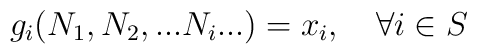
g_{i}(N_{1},N_{2},...N_{i} ...)=x_{i}, \quad \forall i \in S